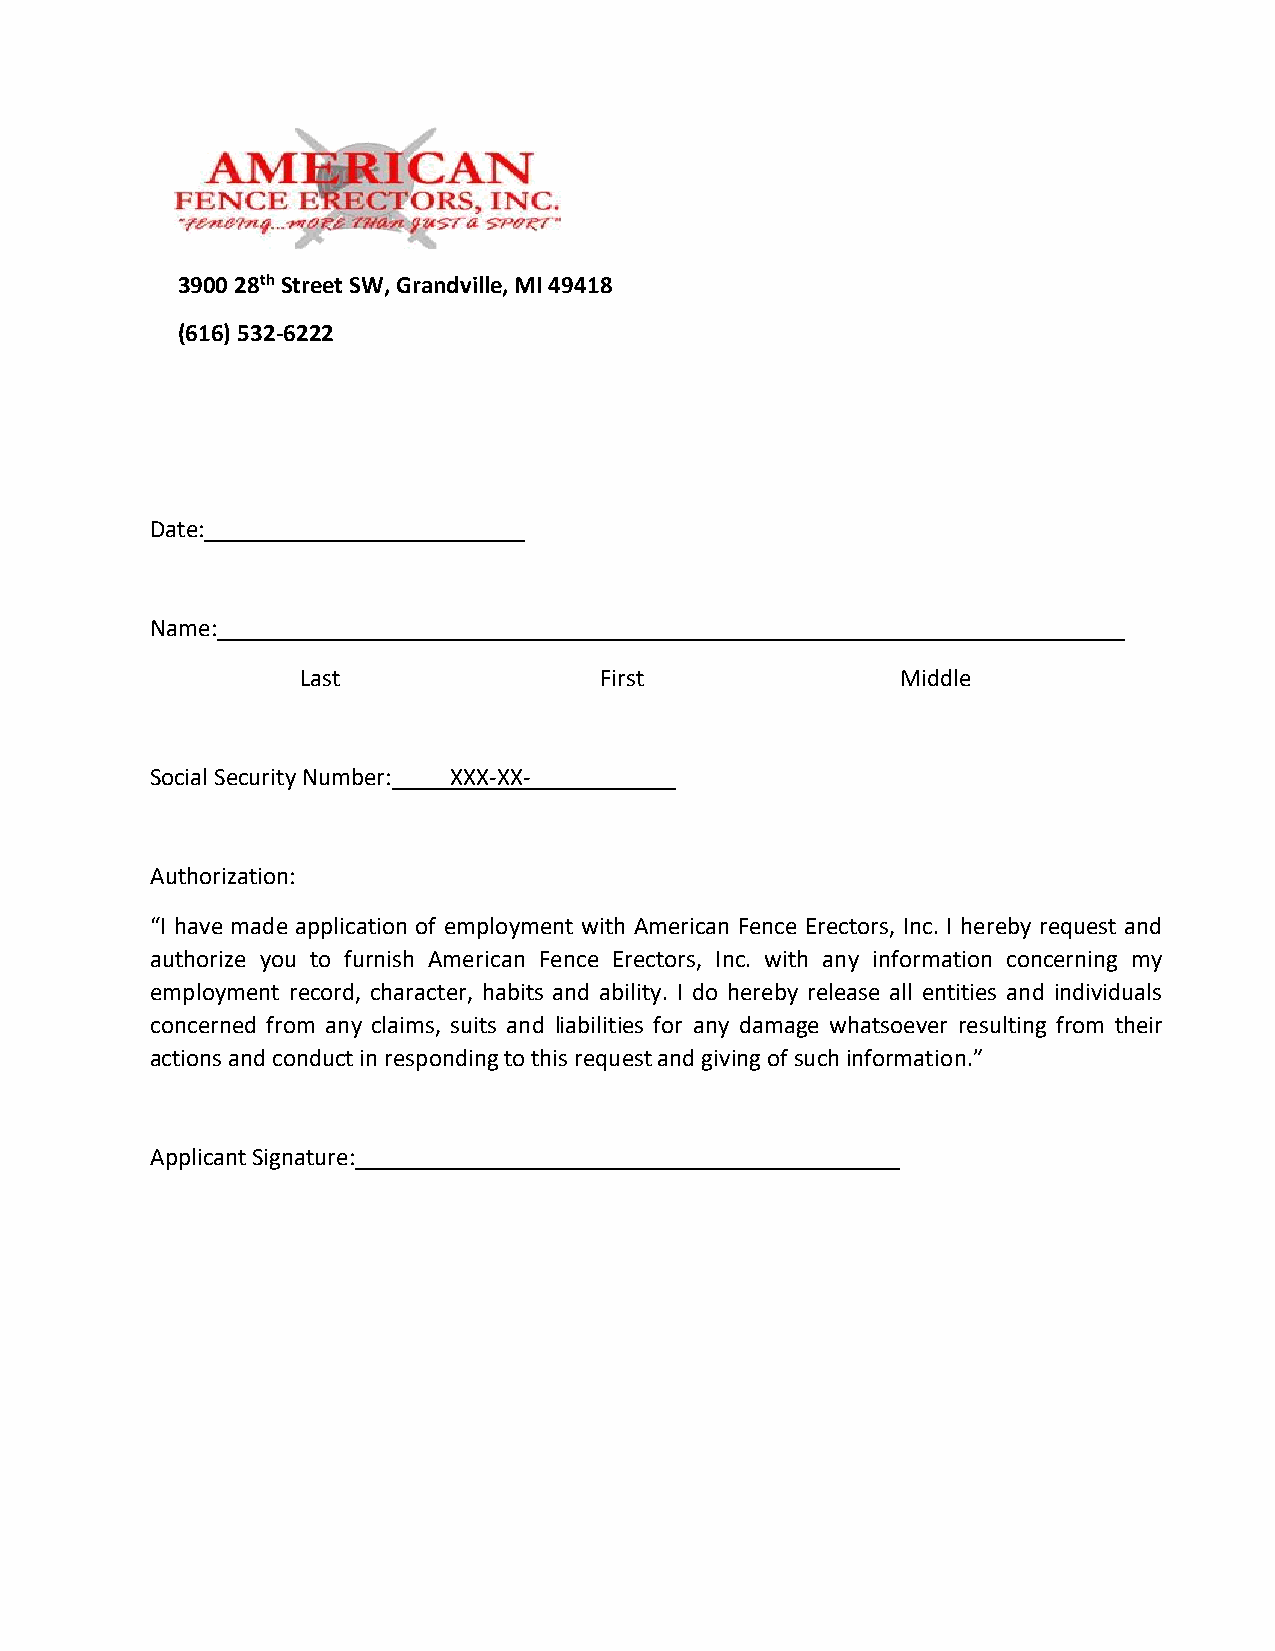
3900 28th Street SW, Grandville, MI 49418
 (616) 532-6222
 Date:
 Name:
 Last                First               Middle
 Social Security Number: XXX-XX-
 Authorization:
 “I have made application of employment with American Fence Erectors, Inc. I hereby request and
 authorize you to furnish American Fence Erectors, Inc. with any information concerning my
 employment record, character, habits and ability. I do hereby release all entities and individuals
 concerned from any claims, suits and liabilities for any damage whatsoever resulting from their
 actions and conduct in responding to this request and giving of such information.”
 Applicant Signature: